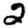
Digit: 2